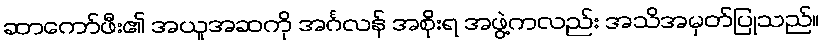
ဆာကော်ဖီး၏ အယူအဆကို အင်္ဂလန် အစိုးရ အဖွဲ့ကလည်း အသိအမှတ်ပြုသည်။